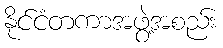
နိုင်ငံတကာအဖွဲ့အစည်း